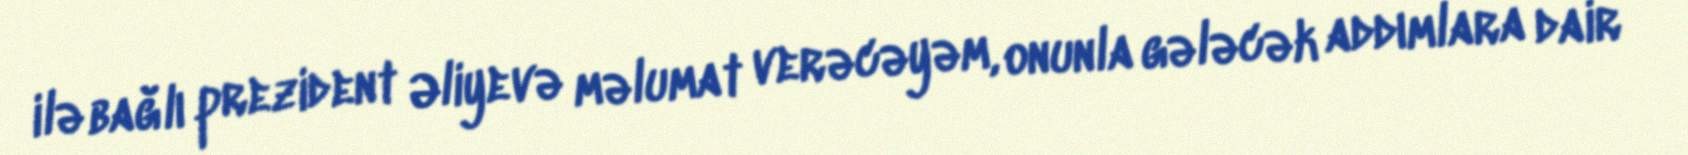
ilə bağlı prezident Əliyevə məlumat verəcəyəm, onunla gələcək addımlara dair